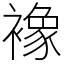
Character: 襐